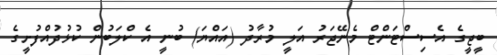
ބީޖީގެ އެސިސްޓަންޓް މެނޭޖަރު އަލީ މުރާދު (އައްޔަ) ބުނީ އެ ކްލަބުން ކުޅުދުއްފުށީގެ